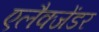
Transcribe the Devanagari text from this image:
एलैक्जेंडर